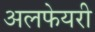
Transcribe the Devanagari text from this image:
अलफेयरी